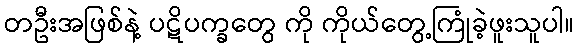
တဦးအဖြစ်နဲ့ ပဋိပက္ခတွေ ကို ကိုယ်တွေ့ကြုံခဲ့ဖူးသူပါ။